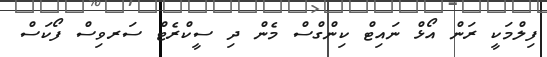
ފިލްމަކީ ރަން އޯޅް ނައިޓް ކިންގްސް މެން ދި ސީކްރެޓް ސަރވިސް ފޯކަސް